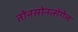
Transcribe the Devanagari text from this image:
तोनसोनत्सेंगेल